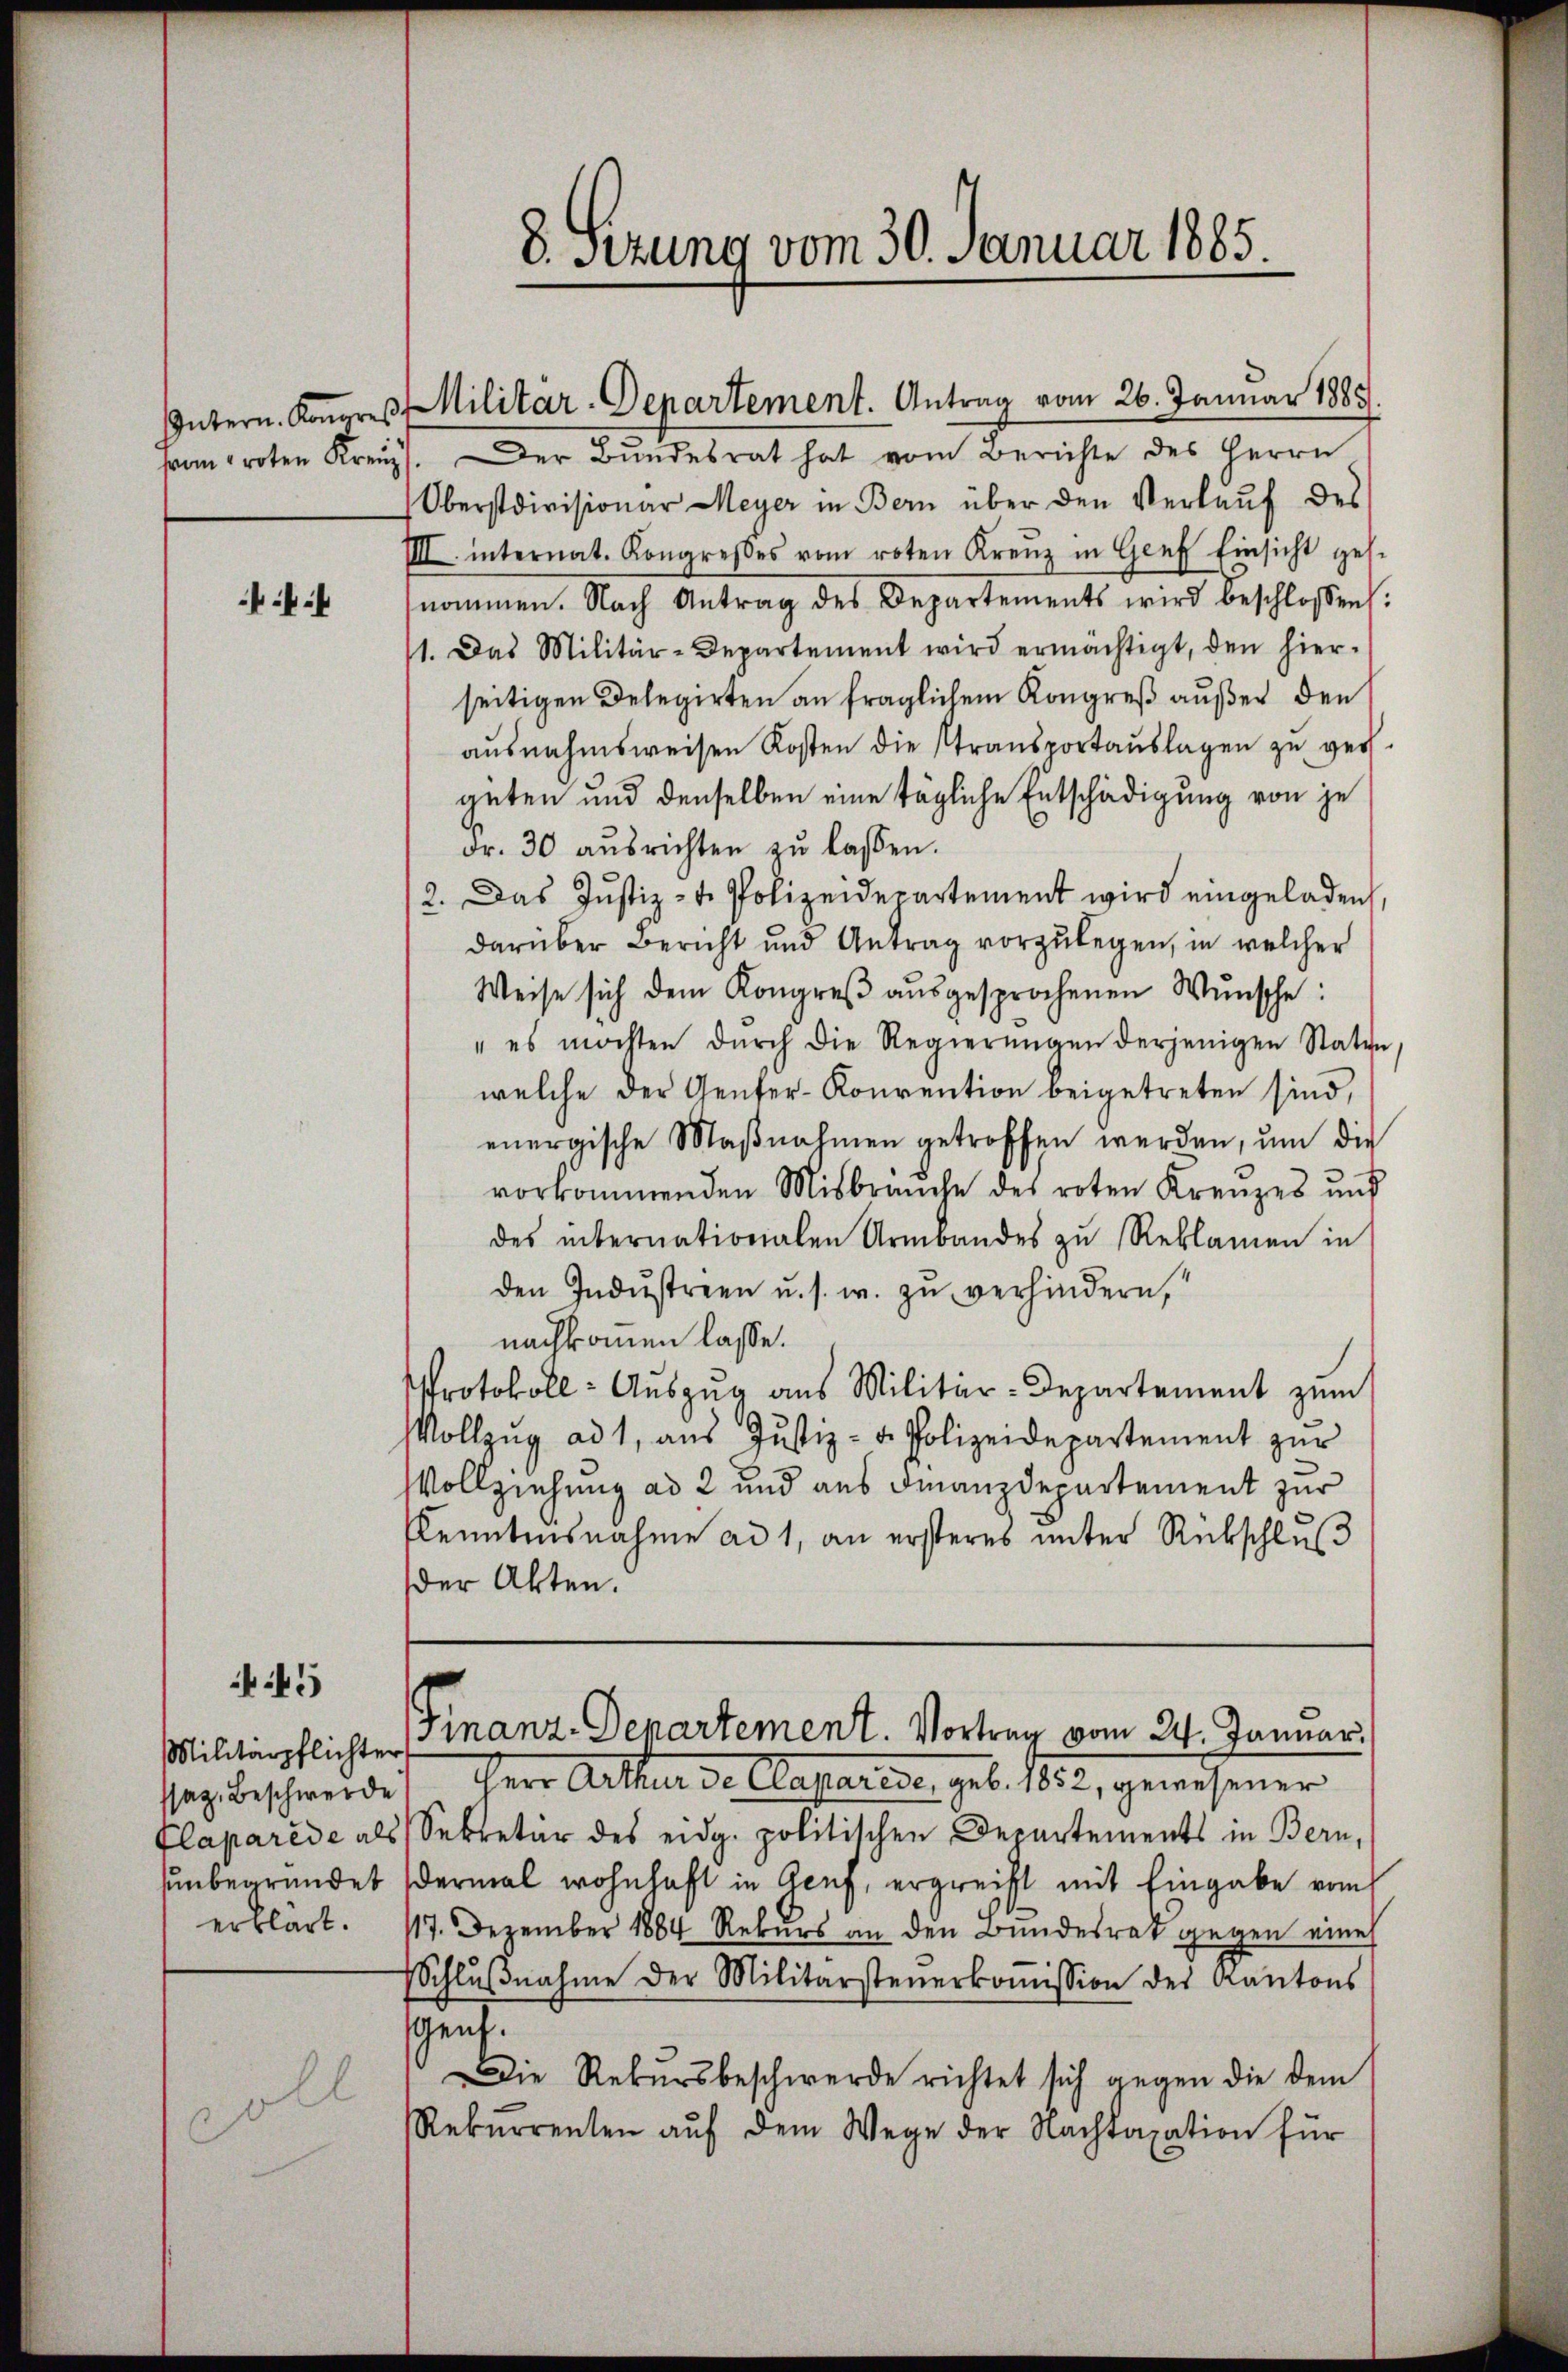
Untern. Kongres
pan proten Kreuz

45

Militärpflichte
ssaz, Beschwerde
Plaparede als
unbegründet
erklärt.

Der Bŭndesrat hat vom Berichte des Herrn
Oberstdivisionar Meyer in Bern über den Verlauf des
IIII. internat. Kongreßes vom roten Kreŭz in Genf Einsicht gese
nommen. Nach Antrag des Departements wird beschlossen:
1. Das Militär-Departement wird ermächtigt, den hier-
seitigen Delegirten an fraglichem Kongreß außer den
ausnahmsweisen Kosten die Stransportauslagen zu vers
geten und denselben eine tägliche Entschädigung von je
Fr. 30 aŭsrichten zŭ lassen.
2. Das Justiz- u. Polizeidepartement wird eingeladen,
darüber Bericht und Antrag vorzulegen, in welcher
Weise sich dem Kongreβ aŭsgesprochenen Wŭnsche:
" es möchten dŭrch die Regierŭngen derjenigen Statte,
welche der Genfer-Konvention beigetreten sind,
energische Maβnahmen getroffen werden, um die
vorkommenden Misbrauche des roten Kreuzes und
des internationalen Urmbandes zu Reklamen in
den Indŭstreen u. s. w. zŭ verhindern,
nachkommen lasse.
Protokoll- Auszug aus Militär-Departement zum
Vollzŭg ad 1, aŭs Justiz- u. Polizeidepartement zŭr
Vollziehung ad 2 und aus Finanzdepartement zur
Kenntnisnahme ad 1, an ersteres unter Rückschluß
der Akten.

8. Sitzung vom 30. Januar 1885.

1 Herr Arthur de Caparise, geb. 1852, gewesener
Sekretär des eidg. politischen Departements in Bern,
dermal wohnhaft in Geng, ergreift mit Eingabe vom
17. Dezember 1884 Rekŭrs an den Bundesrat gegen eine
Schlŭβnahme der Militärsteuerkoṁission des Kantons
gen.
Die Rekursbeschwerde richtet sich gegen die dem
Rekŭrrenten aŭf dem Wege der Nachtaxation für

Militär-Departement. Antrag vom 26. Januar 1883

Finanz-Departement. Vortrag vom 24. Januar
¬